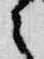
之